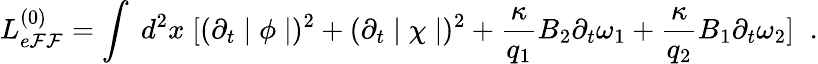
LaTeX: L_{e\mathcal{F}\mathcal{F}}^{(0)}=\int\; d^{2}x\; [(\partial_{t}\mid\phi\mid)^{2}+(\partial_{t}\mid\chi\mid)^{2}+\frac{{\kappa}}{{q_{1}}}B_{2}\partial_{t}\omega_{1}+\frac{{\kappa}}{{q_{2}}}B_{1}\partial_{t}\omega_{2}]\; \; .